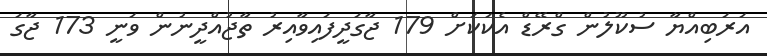
އަރަބިއްޔާ ސުކޫލުން ގްރޭޑް އެކަކަށް 179 ޖާގަދީފައިވާއިރު ތާޖުއްދީނުން ވަނީ 173 ޖާގަ